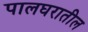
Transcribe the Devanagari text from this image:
पालघरातील